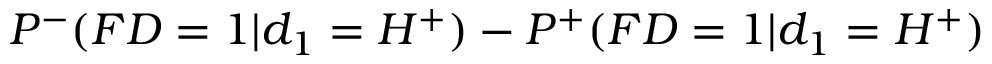
P ^ { - } ( F D = 1 | d _ { 1 } = H ^ { + } ) - P ^ { + } ( F D = 1 | d _ { 1 } = H ^ { + } )